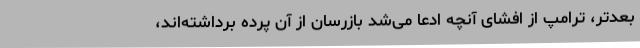
بعدتر، ترامپ از افشای آنچه ادعا می‌شد بازرسان از آن پرده برداشته‌اند،